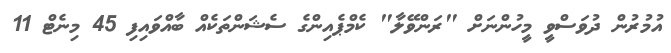
އުމުރުން ދުވަސްވީ މީހުންނަށް "ރަންވޭލާ" ކެމްޕެއިންގެ ސެޝަންތަކެއް ބާއްވައިފި 45 މިނެޓް 11